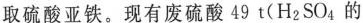
取硫酸亚铁。现有废硫酸49t(H_{2}SO_{14}的